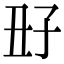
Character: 𡥆